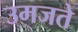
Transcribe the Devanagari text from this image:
उमजते